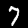
Digit: 7